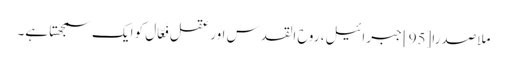
ملاصدرا[95] جبرائیل، روح القدس اور عقل فَعّال کو ایک سمجھتا ہے۔